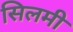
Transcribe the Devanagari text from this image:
सिलमी